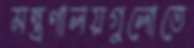
মন্ত্রণালয়গুলোতে